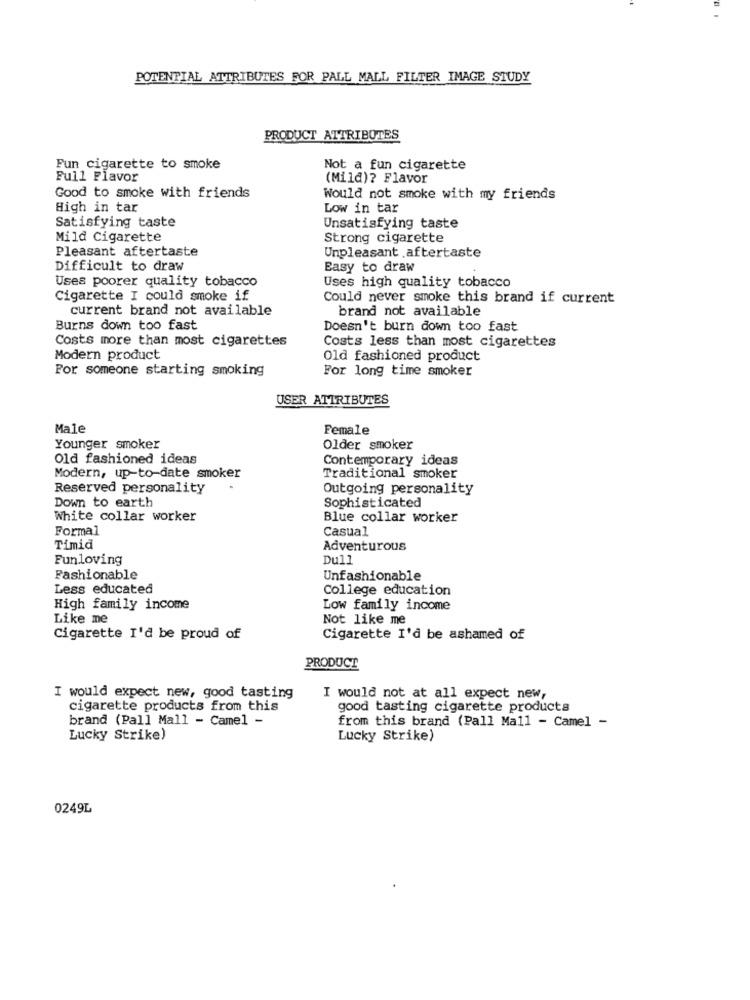
POTENTIAL ATTRIBUTES FOR PALL MALL FILTER IMAGE STUDY
PRODUCT ATTRIBUTES
Fun cigarette to smoke
Not a fun cigarette
Full Flavor
(Mild)? Flavor
Good to smoke with friends
Would not smoke with my friends
High in tar
Low in tar
Satisfying taste
Unsatisfying taste
Mild Cigarette
Strong cigarette
Pleasant aftertaste
Unpleasant .aftertaste
Difficult to draw
Easy to draw
Uses poorer quality tobacco
Uses high quality tobacco
Cigarette I could smoke if
Could never smoke this brand if current
current brand not available
brand not available
Burns down too fast
Doesn't burn down too fast
Costs more than most cigarettes
Costs less than most cigarettes
Modern product
Old fashioned product
Por someone starting smoking
For long time smoker
USER ATTRIBUTES
Male
Female
Younger smoker
Older smoker
Old fashioned ideas
Contemporary ideas
Modern, up-to-date smoker
Traditional smoker
Reserved personality
Outgoing personality
Down to earth
Sophisticated
White collar worker
Blue collar worker
Formal
Casual
Timid
Adventurous
Funloving
Dull
Fashionable
Unfashionable
Less educated
College education
High family income
Low family income
Like me
Not like me
Cigarette I'd be proud of
Cigarette I'd be ashamed of
PRODUCT
I would expect new, good tasting
I would not at all expect new,
cigarette products from this
good tasting cigarette products
brand (Pall Mall - Camel -
from this brand (Pall Mall - Camel -
Lucky Strike)
Lucky Strike)
0249L